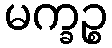
မက္ခဉ္စ